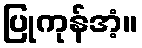
ပြုကုန်အံ့။